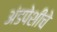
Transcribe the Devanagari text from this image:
अंडपेशीचे